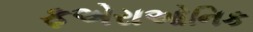
ફએરાઓનિક